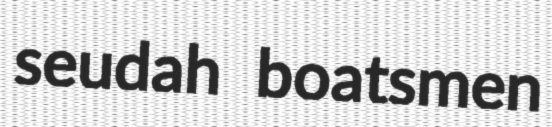
seudah boatsmen